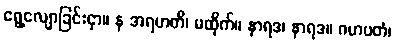
ရွေ့လျောခြင်းငှာ။ န အရဟတိ၊ မထိုက်။ နာရဒ၊ နာရဒ။ ဂဟပတံ၊